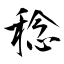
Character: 稔